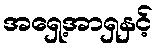
အရှေ့အာရှနှင့်